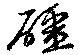
礓